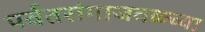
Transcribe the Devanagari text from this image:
पर्वतरांगाजवळच्या